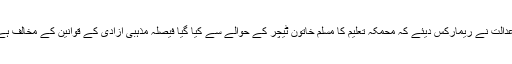
غیر ملکی میڈیا کا کہنا تھا کہ مسلم خاتون کے مؤقف پر عدالت نے ریمارکس دیئے کہ محمکہ تعلیم کا مسلم خاتون ٹیچر کے حوالے سے کیا گیا فیصلہ مذہبی آزادی کے قوانین کے مخالف ہے اور نہ ہی ملازمین کے مساوی حقوق کی خلاف ورزی۔